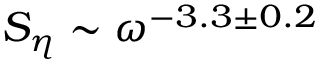
S _ { \eta } \sim \omega ^ { - 3 . 3 \pm 0 . 2 }